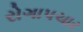
રોગાપચાર